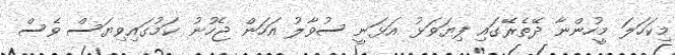
މިކަހަލަ މީހުންނާ ދޭތެރޭގައި ފިޔަވަޅު އަޅަނީ ސުވާލު އަހަން ޖެހުނު ކަމުގައިވިޔަސް ވެސް